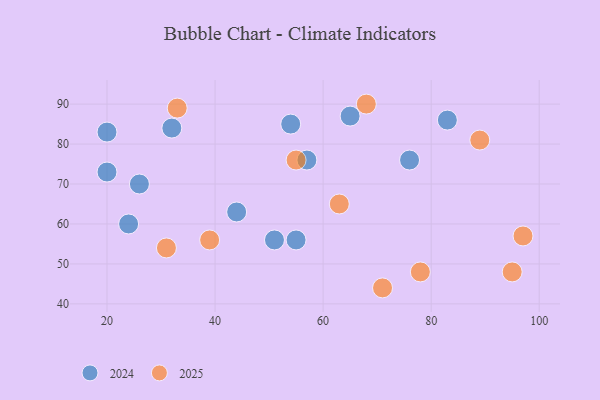
{"axis": {"x": "GDP", "y": "Life Expectancy"}, "legend": ["2024", "2025"], "data": [{"x": "63", "y": 65, "type": "2025"}, {"x": "31", "y": 54, "type": "2025"}, {"x": "71", "y": 44, "type": "2025"}, {"x": "95", "y": 48, "type": "2025"}, {"x": "89", "y": 81, "type": "2025"}, {"x": "55", "y": 76, "type": "2025"}, {"x": "39", "y": 56, "type": "2025"}, {"x": "68", "y": 90, "type": "2025"}, {"x": "33", "y": 89, "type": "2025"}, {"x": "78", "y": 48, "type": "2025"}, {"x": "97", "y": 57, "type": "2025"}, {"x": "24", "y": 60, "type": "2024"}, {"x": "26", "y": 70, "type": "2024"}, {"x": "20", "y": 83, "type": "2024"}, {"x": "65", "y": 87, "type": "2024"}, {"x": "55", "y": 56, "type": "2024"}, {"x": "57", "y": 76, "type": "2024"}, {"x": "54", "y": 85, "type": "2024"}, {"x": "44", "y": 63, "type": "2024"}, {"x": "83", "y": 86, "type": "2024"}, {"x": "32", "y": 84, "type": "2024"}, {"x": "51", "y": 56, "type": "2024"}, {"x": "20", "y": 73, "type": "2024"}, {"x": "76", "y": 76, "type": "2024"}]}